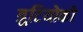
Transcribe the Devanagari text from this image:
त्रुटियोको